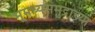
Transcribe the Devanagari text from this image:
भूमध्यसमुद्राच्या